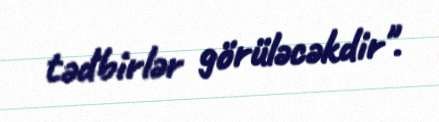
tədbirlər görüləcəkdir".